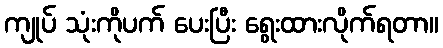
ကျုပ် သုံးကိုပက် ပေးပြီး ရွေးထားလိုက်ရတာ။